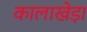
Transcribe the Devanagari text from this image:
कालाखेड़ा